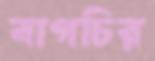
বাগচির